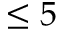
\leq 5